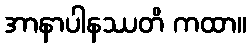
အာနာပါနဿတိ ကထာ။